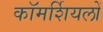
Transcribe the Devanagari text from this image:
कॉमर्शियलों